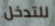
للتدخل